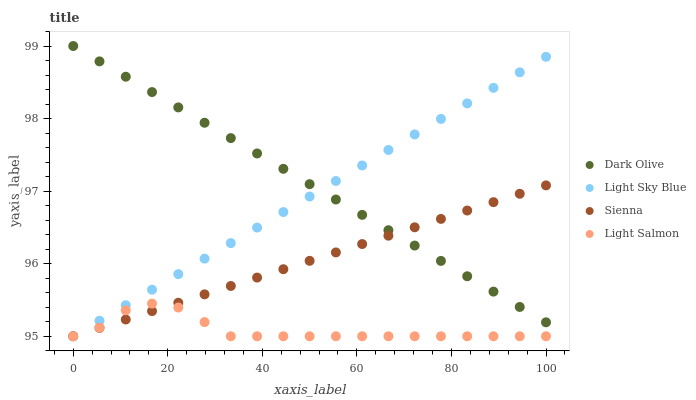
| xaxis_label | Dark Olive | Light Sky Blue | Sienna | Light Salmon |
 | --- | --- | --- | --- | --- |
 | 0 | 99 | 95 | 95 | 95 |
 | 5.56 | 98.8 | 95.2 | 95.1 | 95.1 |
 | 11.1 | 98.6 | 95.4 | 95.2 | 95.4 |
 | 16.7 | 98.4 | 95.6 | 95.3 | 95.5 |
 | 22.2 | 98.2 | 95.9 | 95.5 | 95.4 |
 | 27.8 | 97.9 | 96.1 | 95.6 | 95.2 |
 | 33.3 | 97.7 | 96.3 | 95.7 | 95 |
 | 38.9 | 97.5 | 96.5 | 95.8 | 95 |
 | 44.4 | 97.3 | 96.7 | 95.9 | 95 |
 | 50 | 97.1 | 96.9 | 96 | 95 |
 | 55.6 | 96.9 | 97.1 | 96.2 | 95 |
 | 61.1 | 96.7 | 97.4 | 96.3 | 95 |
 | 66.7 | 96.5 | 97.6 | 96.4 | 95 |
 | 72.2 | 96.2 | 97.8 | 96.5 | 95 |
 | 77.8 | 96 | 98 | 96.6 | 95 |
 | 83.3 | 95.8 | 98.2 | 96.7 | 95 |
 | 88.9 | 95.6 | 98.4 | 96.8 | 95 |
 | 94.4 | 95.4 | 98.6 | 97 | 95 |
 | 100 | 95.2 | 98.9 | 97.1 | 95 |